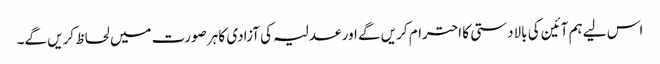
اس لیے ہم آئین کی بالادستی کا احترام کریں گے اور عدلیہ کی آزادی کا ہر صورت میں لحاظ کریں گے۔